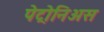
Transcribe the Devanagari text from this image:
पेट्रोनिअस